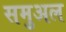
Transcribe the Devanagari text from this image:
समुअल